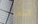
تنفتح